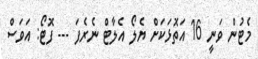
މެޓުން ވަނީ 16 އަތޮޅަކަށް ޔެލޯ އެލާޓް ނެރެފަ --- ފޮޓޯ: އަވަސް